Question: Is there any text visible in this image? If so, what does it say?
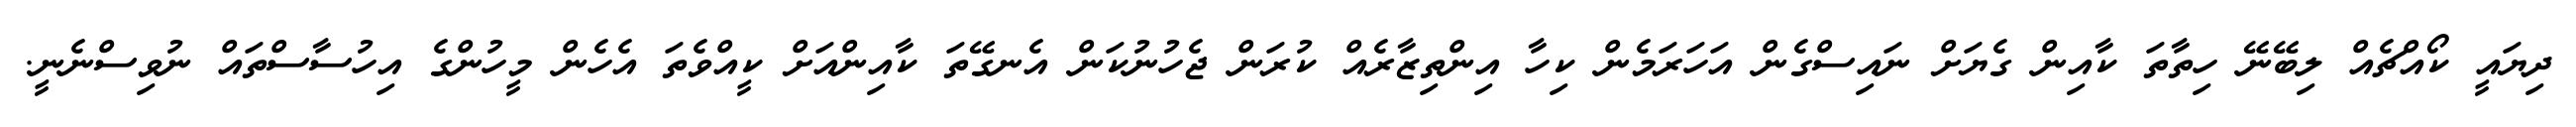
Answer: ދިޔައީ ކޯއްޗެއް ލިބޭނޭ ހިތާތަ ކާއިން ގެޔަށް ނައިސްގެން އަހަރަމެން ކިހާ އިންތިޒާރެއް ކުރަން ޖެހުނުކަން އެނގޭތަ ކާއިންއަށް ކީއްވެތަ އެހެން މީހުންގެ އިހުސާސްތައް ނުވިސްނެނީ.